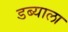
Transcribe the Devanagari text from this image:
डब्याला